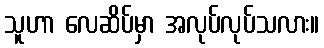
သူဟာ လေဆိပ်မှာ အလုပ်လုပ်သလား။